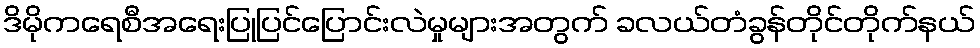
ဒိမိုကရေစီအရေးပြုပြင်ပြောင်းလဲမှုများအတွက် ခလယ်တံခွန်တိုင်တိုက်နယ်